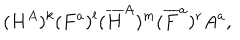
LaTeX: ( H ^ { A } ) ^ { k } ( F ^ { a } ) ^ { l } ( { \overline { { H } } } ^ { A } ) ^ { m } ( { \overline { { F } } } ^ { a } ) ^ { r } A ^ { a } ,